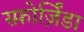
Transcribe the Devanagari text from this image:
स्फ़ोर्ज़िंडा